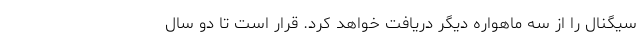
سیگنال را از سه ماهواره دیگر دریافت خواهد کرد. قرار است تا دو سال